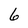
Character: 6